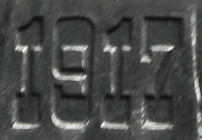
1917